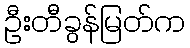
ဦးတီခွန်မြတ်က